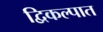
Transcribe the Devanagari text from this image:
द्विकल्पात